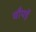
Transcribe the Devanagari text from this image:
चौपड़ें